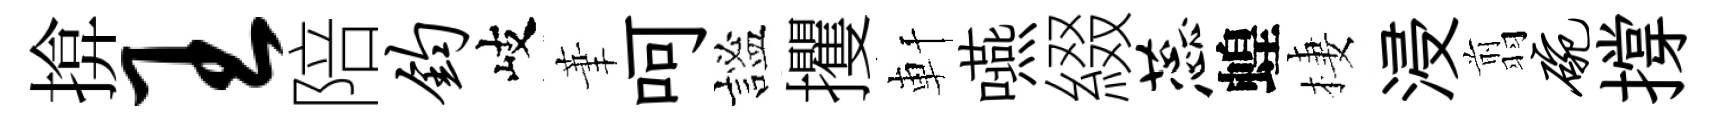
揜王陪钧岐茟呵謐攫軒嚥綴蕊蝗棲浸翦碗撐